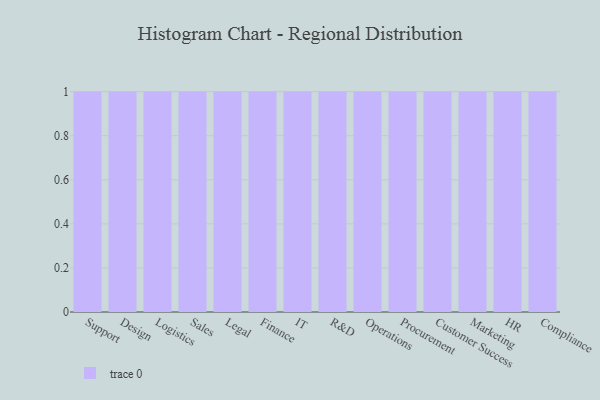
{"axis": {"x": "Department", "y": "Temperature (°C)"}, "legend": [""], "data": [{"x": "Support", "y": 94, "type": ""}, {"x": "Design", "y": 39, "type": ""}, {"x": "Logistics", "y": 15, "type": ""}, {"x": "Sales", "y": 56, "type": ""}, {"x": "Legal", "y": 29, "type": ""}, {"x": "Finance", "y": 17, "type": ""}, {"x": "IT", "y": 5, "type": ""}, {"x": "R&D", "y": 87, "type": ""}, {"x": "Operations", "y": 69, "type": ""}, {"x": "Procurement", "y": 81, "type": ""}, {"x": "Customer Success", "y": 97, "type": ""}, {"x": "Marketing", "y": 3, "type": ""}, {"x": "HR", "y": 84, "type": ""}, {"x": "Compliance", "y": 77, "type": ""}]}